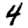
Digit: 4